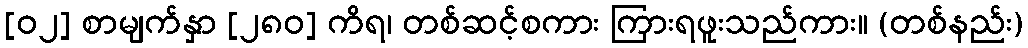
[၀၂] စာမျက်နှာ [၂၈၀] ကိရ၊ တစ်ဆင့်စကား ကြားရဖူးသည်ကား။ (တစ်နည်း)